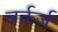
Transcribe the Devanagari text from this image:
वर्कर्ज